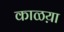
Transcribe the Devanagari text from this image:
काळय़ा